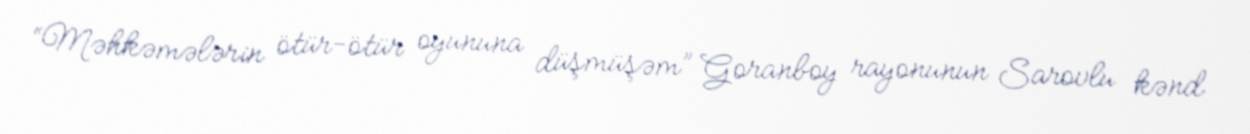
“Məhkəmələrin ötür-ötür oyununa düşmüşəm” Goranboy rayonunun Sarovlu kənd